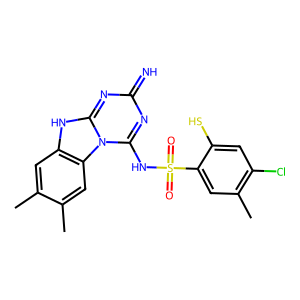
SMILES: Cc1cc2[nH]c3nc(=N)nc(NS(=O)(=O)c4cc(C)c(Cl)cc4S)n3c2cc1C
Inhibits HIV replication: Yes